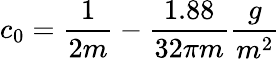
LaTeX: c_{0}=\frac{1}{2m}-\frac{1.88}{32\pi m}\frac{g}{m^{2}}